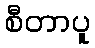
စီတာပူ